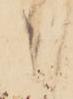
々